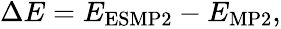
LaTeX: \begin{array}{r}{\Delta E=E_{\mathrm{ESMP2}}-E_{\mathrm{MP2}},}\end{array}